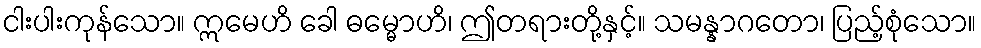
ငါးပါးကုန်သော။ ဣမေဟိ ခေါ ဓမ္မောဟိ၊ ဤတရားတို့နှင့်။ သမန္နာဂတော၊ ပြည့်စုံသော။